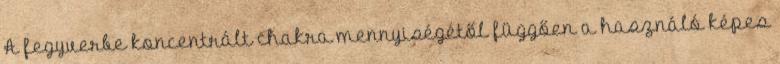
A fegyverbe koncentrált chakra mennyiségétől függően a használó képes